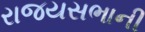
રાજયસભાની